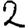
Digit: 2